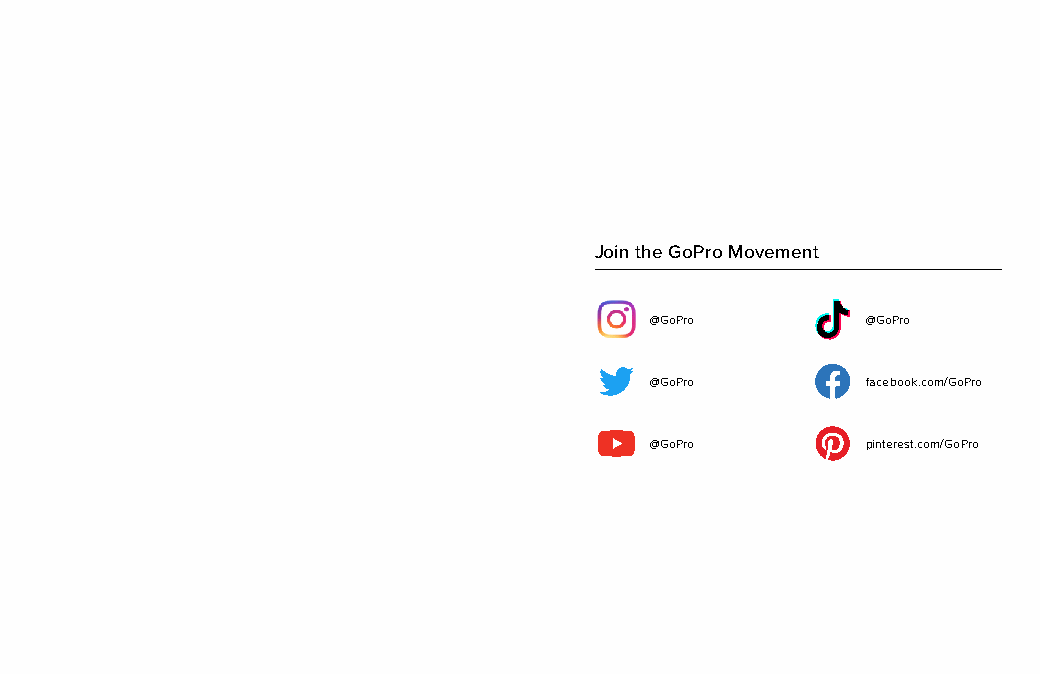
Join the GoPro Movement
 @GoPro        @GoPro
 @GoPro        facebook.com/GoPro
 @GoPro        pinterest.com/GoPro